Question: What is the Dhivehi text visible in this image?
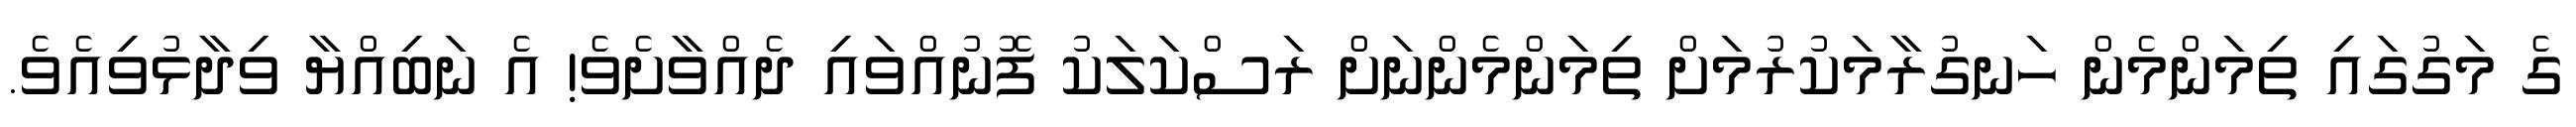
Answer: ގެ މަގުގައި ތިމަންމެން ހަނގުރާމަކުރުމަށް ތިމަންމެންނަށް ރަސްކަލަކު ފޮނުއްވައި ދެއްވާށެވެ! އެ ނަބިއްޔާ ވިދާޅުވިއެވެ.